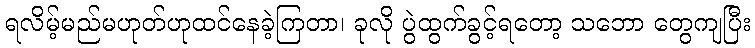
ရလိမ့်မည်မဟုတ်ဟုထင်နေခဲ့ကြတာ၊ ခုလို ပွဲထွက်ခွင့်ရတော့ သဘော တွေကျပြီး